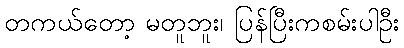
တကယ်တော့ မတူဘူး၊ ပြန်ပြီးကစမ်းပါဦး